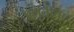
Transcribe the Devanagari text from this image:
प्रभृतींचा